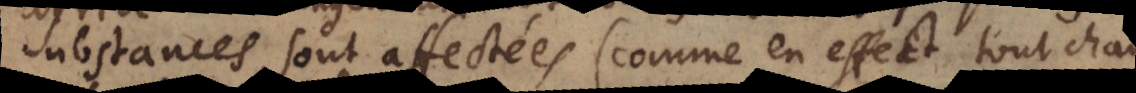
substances sont affectées (comme en effect tout